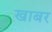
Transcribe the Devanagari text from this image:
खाबर